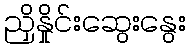
ညှိနှိုင်းဆွေးနွေး